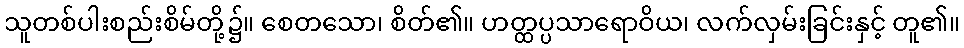
သူတစ်ပါးစည်းစိမ်တို့၌။ စေတသော၊ စိတ်၏။ ဟတ္ထပ္ပသာရောဝိယ၊ လက်လှမ်းခြင်းနှင့် တူ၏။